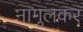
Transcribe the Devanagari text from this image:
नागुलकर